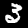
Digit: 3